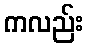
ကလည်း